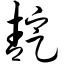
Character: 靛